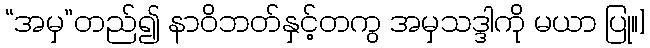
“အမှ”တည်၍ နာဝိဘတ်နှင့်တကွ အမှသဒ္ဒါကို မယာ ပြု။]